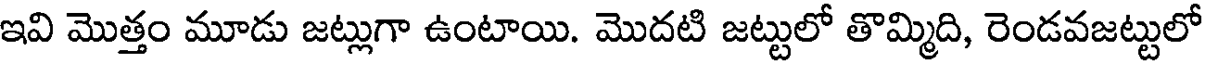
ఇవి మొత్తం మూడు జట్లుగా ఉంటాయి. మొదటి జట్టులో తొమ్మిది, రెండవజట్టులో